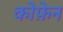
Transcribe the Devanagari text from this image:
कोफ़ेन